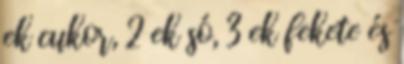
ek cukor, 2 ek só, 3 ek fekete és